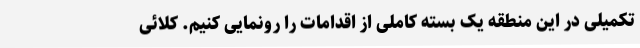
تکمیلی در این منطقه یک بسته کاملی از اقدامات را رونمایی کنیم. کلائی